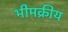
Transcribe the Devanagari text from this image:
भीमक्रीय